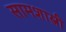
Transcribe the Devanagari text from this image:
सामशास्त्री